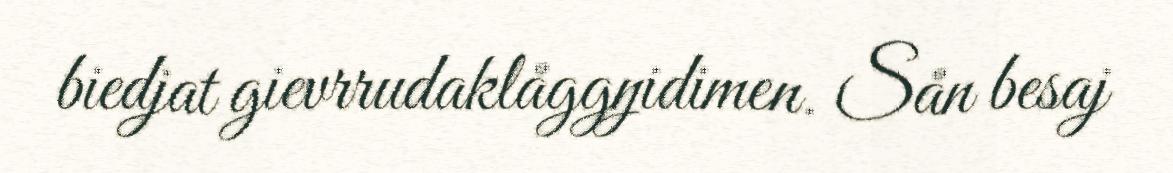
biedjat gievrrudaklåggŋidimen. Sån besaj